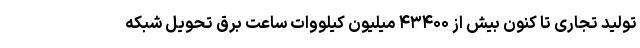
تولید تجاری تا کنون بیش از ۴۳۴۰۰ میلیون کیلووات ساعت برق تحویل شبکه